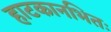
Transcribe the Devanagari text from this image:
हाटकानभितः